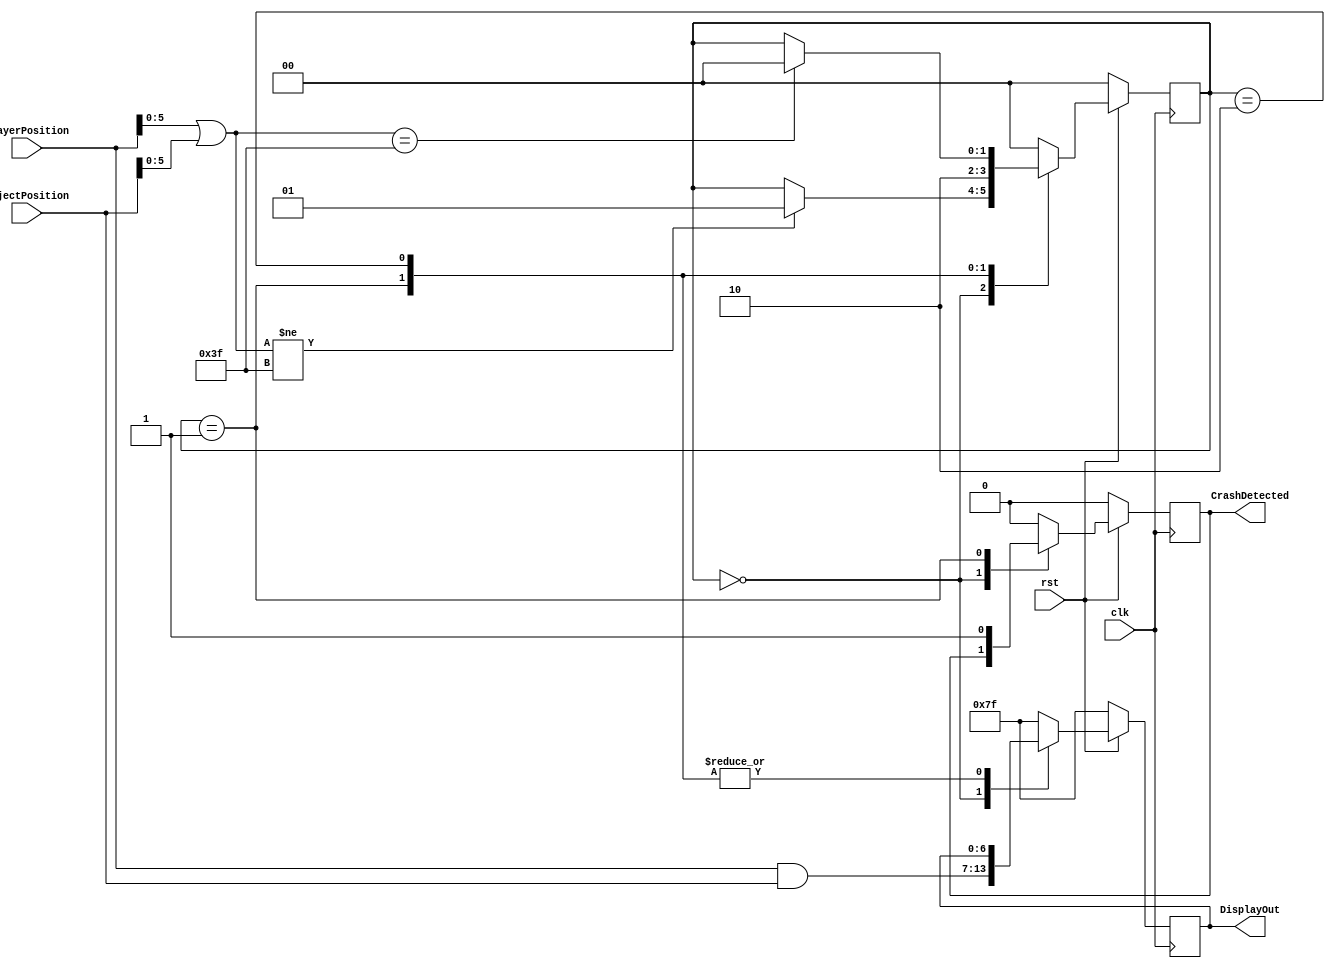
// CrashDetector.v
// Sends a single HIGH pulse when a conflict is detected between the Player Position
// and Object Position. Once a crash is detected, it will wait to reset until the crash
// is cleared. 
module CrashDetector(ObjectPosition, PlayerPosition, DisplayOut, CrashDetected, clk, rst);
  
  input clk, rst;
  input [6:0] PlayerPosition, ObjectPosition;
  output [6:0] DisplayOut;
  output CrashDetected;
  reg [6:0]DisplayOut;
  reg CrashDetected;
  reg [1:0] State;

  parameter NOCRASH = 0, CRASH = 1, WAIT = 2;

  always@(posedge clk) begin
    if (rst == 1'b0) begin
      DisplayOut <= 7'b1111111;
      State <= NOCRASH;
      CrashDetected <= 1'b0;
    end
    else begin
      case(State)
        NOCRASH: begin
          DisplayOut <= PlayerPosition & ObjectPosition;
          if ((PlayerPosition[5:0] | ObjectPosition[5:0]) != 6'b111111) begin
            State <= CRASH;
          end
        end

        CRASH: begin
          CrashDetected <= 1'b1;
          State <= WAIT;
        end

        WAIT: begin
          CrashDetected <= 1'b0;
          if ((PlayerPosition[5:0] | ObjectPosition[5:0]) == 6'b111111) begin
            State <= NOCRASH;
          end
        end
        
        default: begin
          State <= NOCRASH;
          CrashDetected <= 1'b0;
          DisplayOut <= 7'b1111111;
        end

      endcase
    end
  end
endmodule